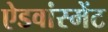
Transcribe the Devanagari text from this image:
ऐडवांस्मेंट